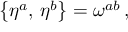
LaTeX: \bigl \{ \eta ^ { a } , \, \eta ^ { b } \bigr \} = \omega ^ { a b } \, ,